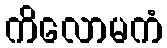
ကိလောမကံ